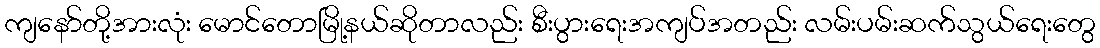
ကျနော်တို့အားလုံး မောင်တောမြို့နယ်ဆိုတာလည်း စီးပွားရေးအကျပ်အတည်း လမ်းပမ်းဆက်သွယ်ရေးတွေ